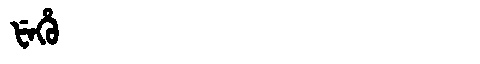
Manchu: ᡶᡝᡥᡠ
Romanization: FEHU